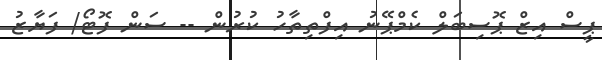
ޕީސް އިޒް ޕޮސިބަލް ކެމްޕޭނު އިފްތިތާހު ކުރުން -- ސަން ފޮޓޯ/ ފަޔާޒު